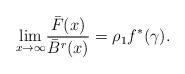
LaTeX: \begin{align*}\underset{x \rightarrow \infty}{\lim}\dfrac{\bar{F}(x)}{\bar{B}^r(x)} = \rho_1 f^*(\gamma).\end{align*}